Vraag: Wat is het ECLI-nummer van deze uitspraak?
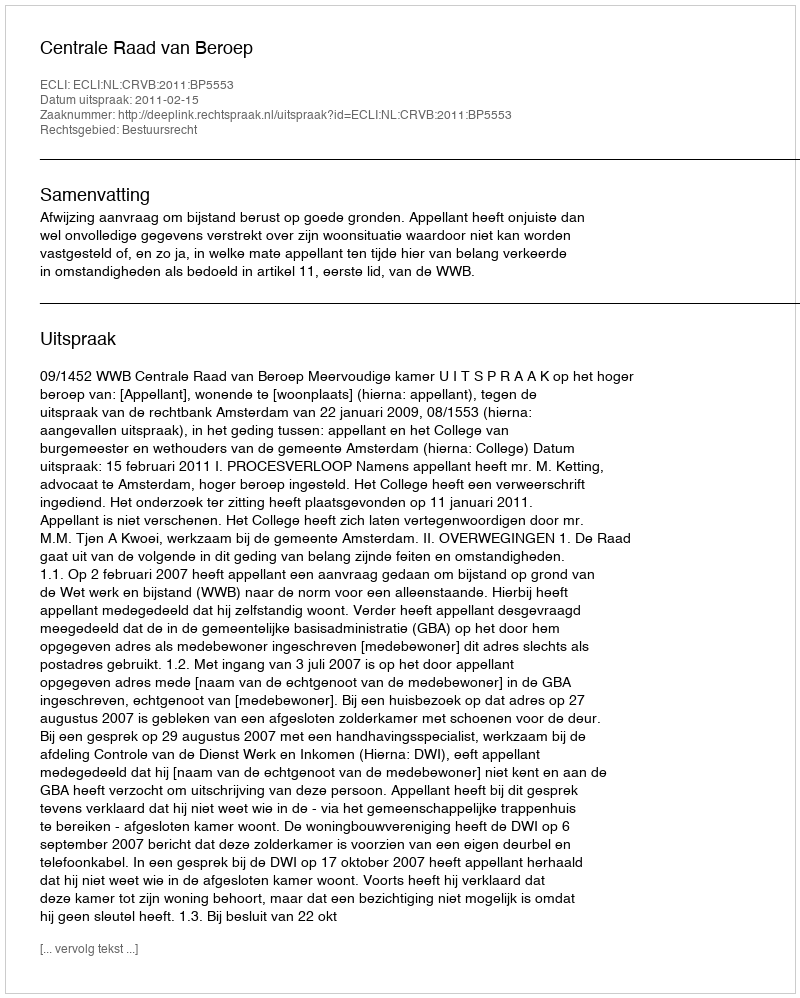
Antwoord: ECLI:NL:CRVB:2011:BP5553